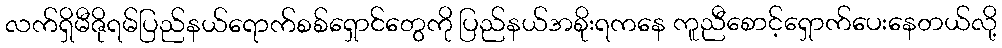
လက်ရှိမီဇိုရမ်ပြည်နယ်ရောက်စစ်ရှောင်တွေကို ပြည်နယ်အစိုးရကနေ ကူညီစောင့်ရှောက်ပေးနေတယ်လို့